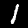
Label: 1